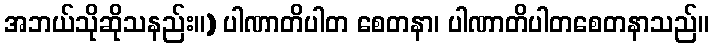
အဘယ်သိုဆိုသနည်း။) ပါဏာတိပါတ စေတနာ၊ ပါဏာတိပါတစေတနာသည်။